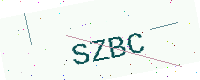
Text: SZBC